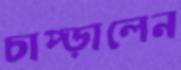
চাপ্‌ড়ালেন